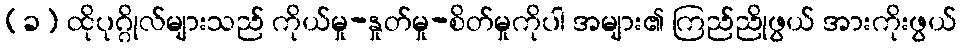
(ခ) ထိုပုဂ္ဂိုလ်များသည် ကိုယ်မှု-နှုတ်မှု-စိတ်မှုကိုပါ အများ၏ ကြည်ညိုဖွယ် အားကိုးဖွယ်